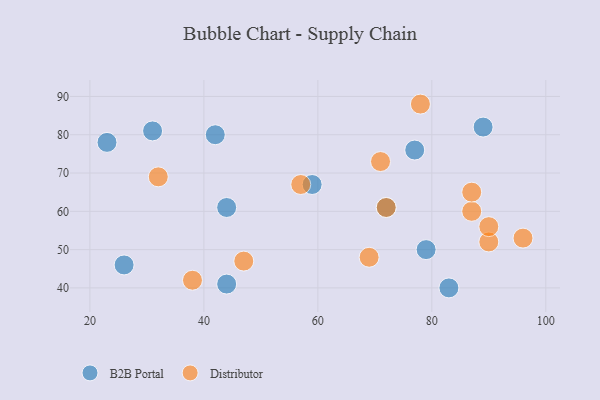
{"axis": {"x": "GDP", "y": "Life Expectancy"}, "legend": ["B2B Portal", "Distributor"], "data": [{"x": "89", "y": 82, "type": "B2B Portal"}, {"x": "59", "y": 67, "type": "B2B Portal"}, {"x": "72", "y": 61, "type": "B2B Portal"}, {"x": "44", "y": 41, "type": "B2B Portal"}, {"x": "26", "y": 46, "type": "B2B Portal"}, {"x": "77", "y": 76, "type": "B2B Portal"}, {"x": "31", "y": 81, "type": "B2B Portal"}, {"x": "79", "y": 50, "type": "B2B Portal"}, {"x": "83", "y": 40, "type": "B2B Portal"}, {"x": "44", "y": 61, "type": "B2B Portal"}, {"x": "23", "y": 78, "type": "B2B Portal"}, {"x": "42", "y": 80, "type": "B2B Portal"}, {"x": "78", "y": 88, "type": "Distributor"}, {"x": "57", "y": 67, "type": "Distributor"}, {"x": "90", "y": 52, "type": "Distributor"}, {"x": "87", "y": 60, "type": "Distributor"}, {"x": "32", "y": 69, "type": "Distributor"}, {"x": "87", "y": 65, "type": "Distributor"}, {"x": "72", "y": 61, "type": "Distributor"}, {"x": "71", "y": 73, "type": "Distributor"}, {"x": "90", "y": 56, "type": "Distributor"}, {"x": "69", "y": 48, "type": "Distributor"}, {"x": "47", "y": 47, "type": "Distributor"}, {"x": "96", "y": 53, "type": "Distributor"}, {"x": "38", "y": 42, "type": "Distributor"}]}